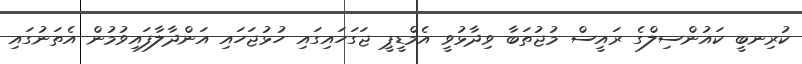
ކުރިނބީ ކައުންސިލްގެ ރައީސް މުޖުތަބާ ވިދާޅުވީ އެމްޑީޕީ ޖަގަަހައިގައި ހުޅުޖަހައި އަންދާލާފައިވުމުން އެތަނުގައި